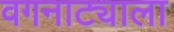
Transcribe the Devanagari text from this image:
वगनाट्याला